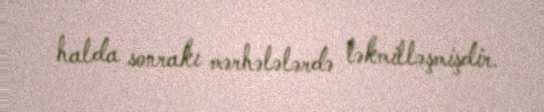
halda sonrakı mərhələlərdə təkmilləşmişdir.